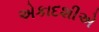
એકાદશીએ